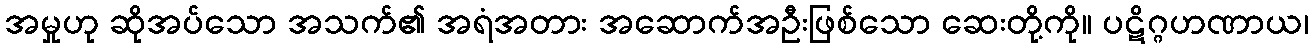
အမှုဟု ဆိုအပ်သော အသက်၏ အရံအတား အဆောက်အဦးဖြစ်သော ဆေးတို့ကို။ ပဋိဂ္ဂဟဏာယ၊